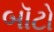
બૉટો